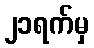
၂၁ရက်မှ